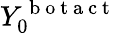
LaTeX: Y_{0}^{\mathrm{~b~o~t~a~c~t~}}